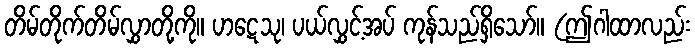
တိမ်တိုက်တိမ်လွှာတို့ကို။ ဟဋေသု၊ ပယ်လွှင့်အပ် ကုန်သည်ရှိသော်။ (ဤဂါထာလည်း